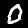
Label: 0